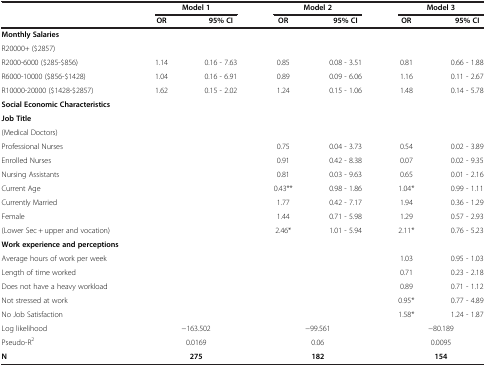
<table><thead><tr><td><b> </b></td><td colspan="2"><b>Model 1</b></td><td colspan="2"><b>Model 2</b></td><td colspan="2"><b>Model 3</b></td></tr><tr><td><b> </b></td><td><b>OR</b></td><td><b>95%CI</b></td><td><b>OR</b></td><td><b>95%CI</b></td><td><b>OR</b></td><td><b>95%CI</b></td></tr></thead><tbody><tr><td><b>Monthly Salaries</b></td><td> </td><td> </td><td> </td><td> </td><td> </td><td> </td></tr><tr><td>R20000+ ($2857)</td><td> </td><td> </td><td> </td><td> </td><td> </td><td> </td></tr><tr><td>R2000-6000 ($285-$856)</td><td>1.14</td><td>0.16 - 7.63</td><td>0.85</td><td>0.08 - 3.51</td><td>0.81</td><td>0.66 - 1.88</td></tr><tr><td>R6000-10000 ($856-$1428)</td><td>1.04</td><td>0.16 - 6.91</td><td>0.89</td><td>0.09 - 6.06</td><td>1.16</td><td>0.11 - 2.67</td></tr><tr><td>R10000-20000 ($1428-$2857)</td><td>1.62</td><td>0.15 - 2.02</td><td>1.24</td><td>0.15 - 1.06</td><td>1.48</td><td>0.14 - 5.78</td></tr><tr><td><b>Social Economic Characteristics</b></td><td> </td><td> </td><td> </td><td> </td><td> </td><td> </td></tr><tr><td><b>Job Title</b></td><td> </td><td> </td><td> </td><td> </td><td> </td><td> </td></tr><tr><td>(Medical Doctors)</td><td> </td><td> </td><td> </td><td> </td><td> </td><td> </td></tr><tr><td>Professional Nurses</td><td> </td><td> </td><td>0.75</td><td>0.04 - 3.73</td><td>0.54</td><td>0.02 - 3.89</td></tr><tr><td>Enrolled Nurses</td><td> </td><td> </td><td>0.91</td><td>0.42 - 8.38</td><td>0.07</td><td>0.02 - 9.35</td></tr><tr><td>Nursing Assistants</td><td> </td><td> </td><td>0.81</td><td>0.03 - 9.63</td><td>0.65</td><td>0.01 - 2.16</td></tr><tr><td>Current Age</td><td> </td><td> </td><td>0.43**</td><td>0.98 - 1.86</td><td>1.04*</td><td>0.99 - 1.11</td></tr><tr><td>Currently Married</td><td> </td><td> </td><td>1.77</td><td>0.42 - 7.17</td><td>1.94</td><td>0.36 - 1.29</td></tr><tr><td>Female</td><td> </td><td> </td><td>1.44</td><td>0.71 - 5.98</td><td>1.29</td><td>0.57 - 2.93</td></tr><tr><td>(Lower Sec + upper and vocation)</td><td> </td><td> </td><td>2.46*</td><td>1.01 - 5.94</td><td>2.11*</td><td>0.76 - 5.23</td></tr><tr><td><b>Work experience and perceptions</b></td><td> </td><td> </td><td> </td><td> </td><td> </td><td> </td></tr><tr><td>Average hours of work per week</td><td> </td><td> </td><td> </td><td> </td><td>1.03</td><td>0.95 - 1.03</td></tr><tr><td>Length of time worked</td><td> </td><td> </td><td> </td><td> </td><td>0.71</td><td>0.23 - 2.18</td></tr><tr><td>Does not have a heavy workload</td><td> </td><td> </td><td> </td><td> </td><td>0.89</td><td>0.71 - 1.12</td></tr><tr><td>Not stressed at work</td><td> </td><td> </td><td> </td><td> </td><td>0.95*</td><td>0.77 - 4.89</td></tr><tr><td>No Job Satisfaction</td><td> </td><td> </td><td> </td><td> </td><td>1.58*</td><td>1.24 - 1.87</td></tr><tr><td>Log likelihood</td><td colspan="2">−163.502</td><td colspan="2">−99.561</td><td colspan="2">−80.189</td></tr><tr><td>Pseudo-R<sup>2</sup></td><td colspan="2">0.0169</td><td colspan="2">0.06</td><td colspan="2">0.0095</td></tr><tr><td><b>N</b></td><td colspan="2"><b>275</b></td><td colspan="2"><b>182</b></td><td colspan="2"><b>154</b></td></tr></tbody></table>